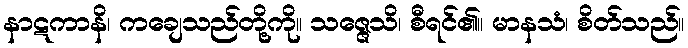
နာဋကာနိ၊ ကချေသည်တို့ကို။ သဇ္ဇေသိ၊ စီရင်၏။ မာနသံ၊ စိတ်သည်။